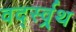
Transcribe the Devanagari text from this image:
वर्द्स्व्र्थ